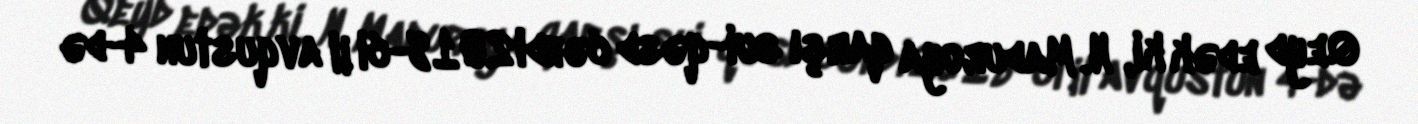
Qeyd edək ki, N. Maduroya qarşı sui-qəsd cəhdi 2018-ci il avqustun 4-də